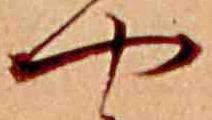
や